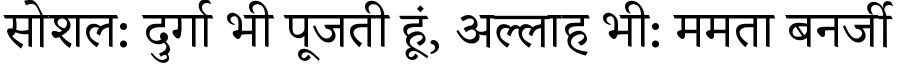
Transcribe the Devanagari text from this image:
सोशल: दुर्गा भी पूजती हूं, अल्लाह भी: ममता बनर्जी